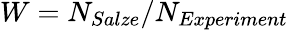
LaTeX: W=N_{Salze}/N_{Experiment}